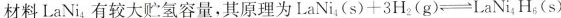
材料LaNi_{4}有较大贮氢容量，其原理为$$L a N i _ { 4 } ( s ) + 3 H _ { 2 } ( g ) \rightleftharpoons L a N i _ { 4 } H _ { 6 } ( s )$$